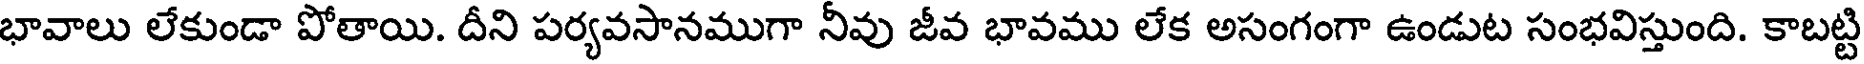
భావాలు లేకుండా పోతాయి. దీని పర్యవసానముగా నీవు జీవ భావము లేక అసంగంగా ఉండుట సంభవిస్తుంది. కాబట్టి